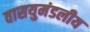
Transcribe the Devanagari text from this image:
वासयुमंडलीय